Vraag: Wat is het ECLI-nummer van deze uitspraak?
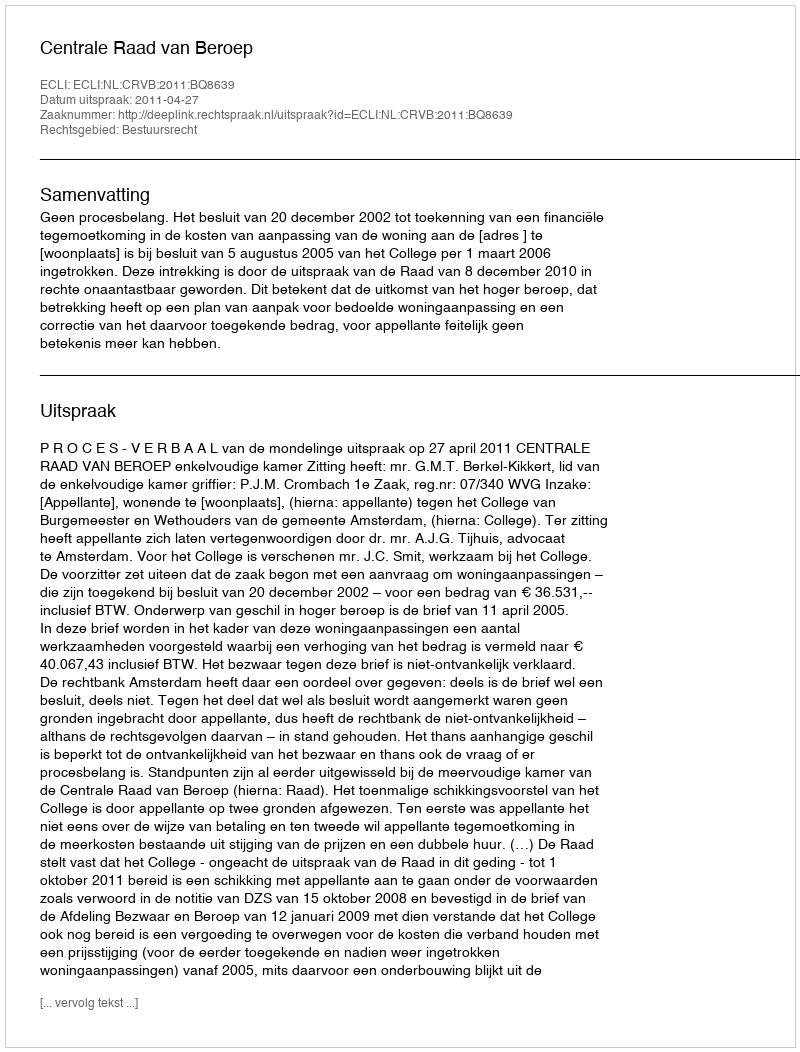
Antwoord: ECLI:NL:CRVB:2011:BQ8639